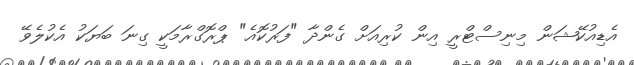
އެޑިއުކޭޝަން މިނިސްޓްރީ އިން ކުރިއަށް ގެންދާ "ފަރުކޮއެ" ޕްރޮގްރާމަކީ ގިނަ ބަޔަކު އެކުލެވޭ